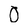
Character: 0